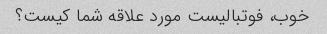
خوب، فوتبالیست مورد علاقه شما کیست؟